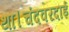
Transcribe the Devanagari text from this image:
था।चंदवरदाई